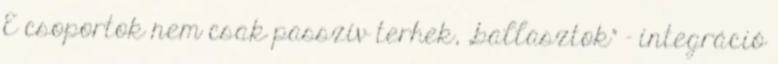
E csoportok nem csak passzív terhek, „ballasztok” – integráció